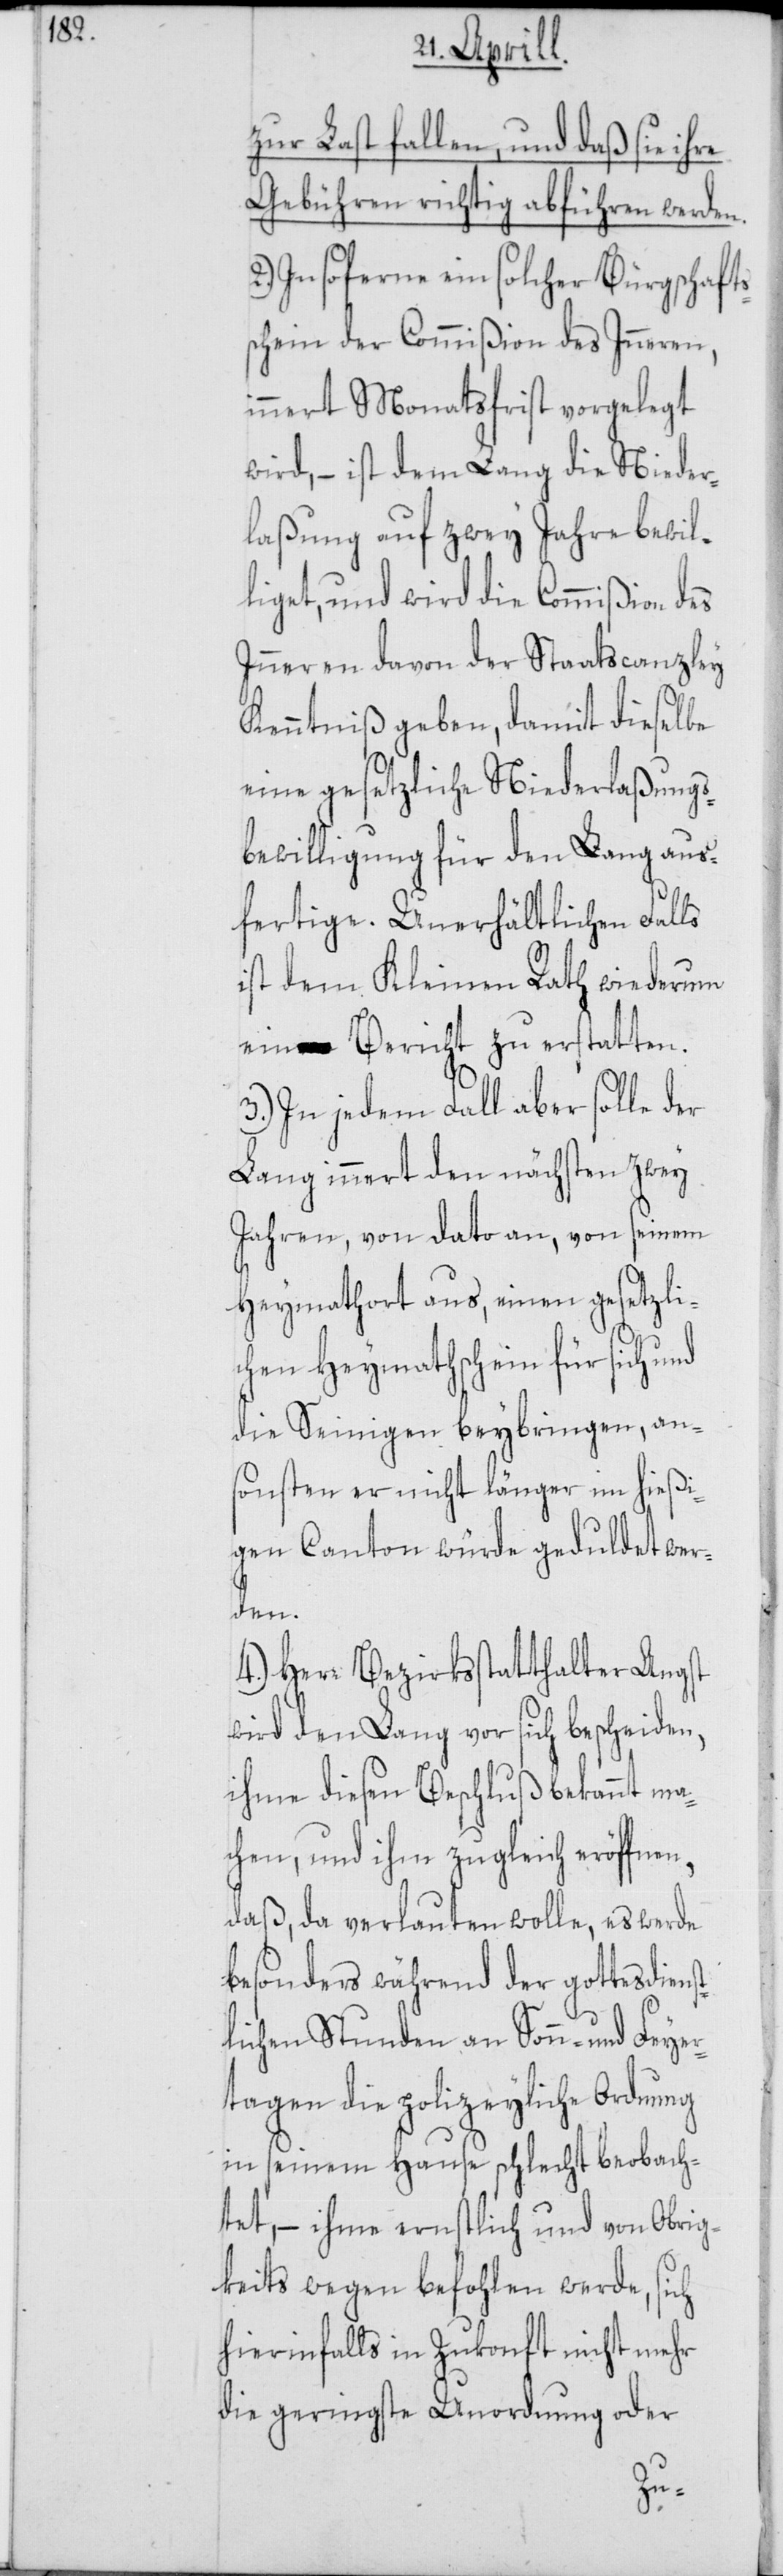
zur Last fallen, und daß sie ihre
Gebühren richtig abführen werden.
2.) Insoferne ein solcher Bürgschafts¬
schein der Commißion des Inneren,
innert Monatsfrist vorgelegt
wird, – ist dem Lang die Nieder¬
laßung auf zwey Jahre bewil¬
liget, und wird die Commißion des
Inneren davon der Staatscanzley
Kenntniß geben, damit dieselbe
eine gesetzliche Niederlaßungs¬
bewilligung für den Lang aus¬
fertige. Unerhältlichen Falls
ist dem Kleinen Rath wiederum
ein Bericht zu erstatten.
3.) In jedem Fall aber solle der
Lang innert den nächsten zwey
Jahren, von dato an, von seinem
Heymathort aus, einen gesetzli¬
chen Heymathschein für sich
die Seinigen beybringen, ans¬
onsten er nicht länger im hießi¬
gen Canton würde geduldet wer¬
en,
4.) Herr Bezirksstatthalter Angst
wird den Lang vor sich bescheiden,
ihme diesen Beschluß bekannt mac¬
hen, und ihm zugleich eröffn¬
daß da verlauten wolle, es werde
besonders während der gottesdiens¬
tlichen Stunden an Sonn- und Feyer¬
tagen die polizeyliche Ordnung
in seinem Hause schlecht beobach¬
tet, – ihme ernstlich und von Obrig¬
keits wegen befohlen werde, sich
hierinfalls in Zukonft nicht mehr
die geringste Unordnung oder